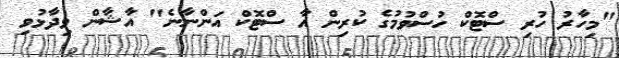
"މިހާރު ހުރި ސްޓޮކް ހުސްވުމުގެ ކުރިން އާ ސްޓޮކް އަންނާނެ" އާޝާން ވިދާޅުވި